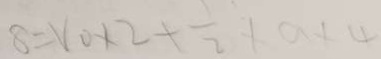
8 = V _ { 0 } \times 2 + \frac { 1 } { 2 } \times a \times 4